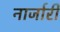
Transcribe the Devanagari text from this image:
नार्जारी